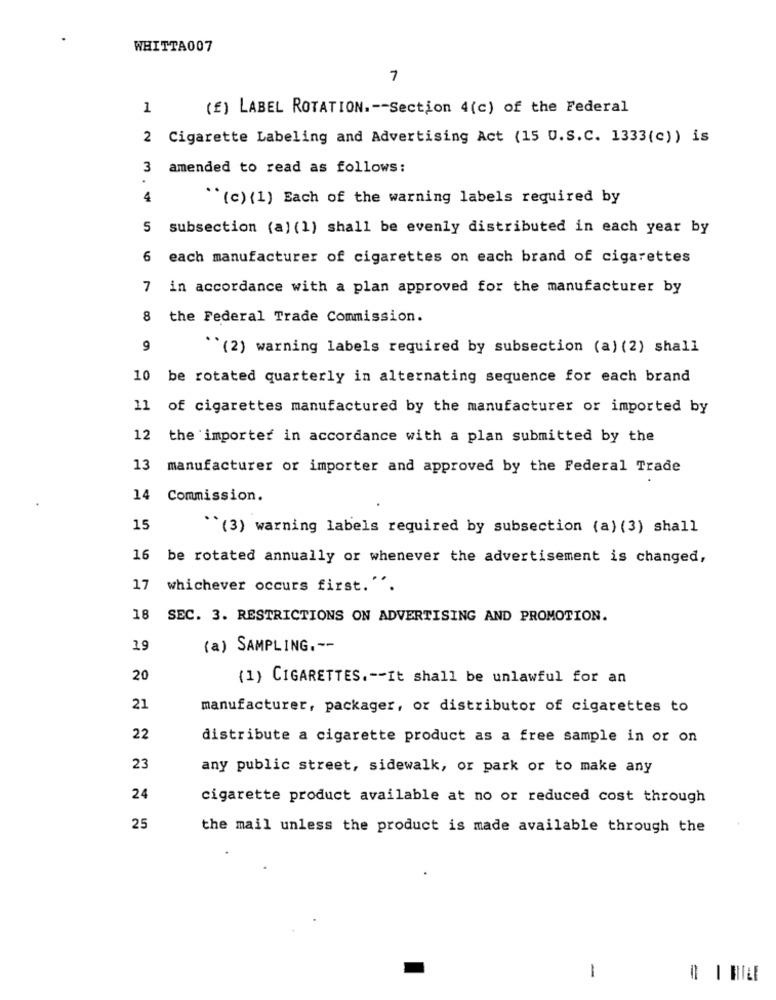
WHITTA007
7
1
(£) LABEL ROTATION .-- Section 4(c) of the Federal
2 Cigarette Labeling and Advertising Act (15 U.S.C. 1333(c) ) is
3 amended to read as follows:
.
4
"(c) {1} Each of the warning labels required by
5 subsection (a) (1) shall be evenly distributed in each year by
6 each manufacturer of cigarettes on each brand of cigarettes
7 in accordance with a plan approved for the manufacturer by
8 the Federal Trade Commission.
9
``(2) warning labels required by subsection (a) (2) shall
10 be rotated quarterly in alternating sequence for each brand
11 of cigarettes manufactured by the manufacturer or imported by
12
the importer in accordance with a plan submitted by the
13
manufacturer or importer and approved by the Federal Trade
14 Commission.
15
``(3) warning labels required by subsection (a) (3) shall
16 be rotated annually or whenever the advertisement is changed,
17
whichever occurs first.".
18
SEC. 3. RESTRICTIONS ON ADVERTISING AND PROMOTION.
19
(a) SAMPLING .--
20
(1) CIGARETTES .-- It shall be unlawful for an
21
manufacturer, packager, or distributor of cigarettes to
22
distribute a cigarette product as a free sample in or on
23
any public street, sidewalk, or park or to make any
24
cigarette product available at no or reduced cost through
25
the mail unless the product is made available through the
1
=